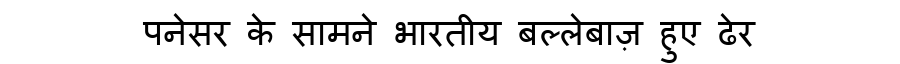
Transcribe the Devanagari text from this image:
पनेसर के सामने भारतीय बल्लेबाज़ हुए ढेर